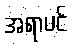
အရာပင်